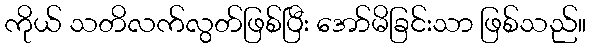
ကိုယ် သတိလက်လွတ်ဖြစ်ပြီး အော်မိခြင်းသာ ဖြစ်သည်။